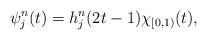
LaTeX: \begin{align*}\psi^n_j(t)=h^n_j(2t-1)\chi_{[0,1)}(t),\end{align*}